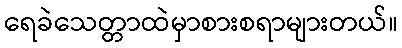
ရေခဲသေတ္တာထဲမှာစားစရာများတယ်။